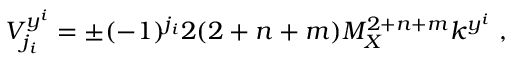
V _ { j _ { i } } ^ { y ^ { i } } = \pm ( - 1 ) ^ { j _ { i } } 2 ( 2 + n + m ) M _ { X } ^ { 2 + n + m } k ^ { y ^ { i } } ~ , ~ \,